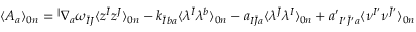
\langle { \cal A } _ { a } \rangle _ { 0 n } = { } ^ { \parallel } \nabla _ { a } \omega _ { \bar { I } J } \langle z ^ { \bar { I } } z ^ { J } \rangle _ { 0 n } - k _ { \bar { I } b a } \langle \lambda ^ { \bar { I } } \lambda ^ { b } \rangle _ { 0 n } - a _ { I \bar { J } a } \langle \lambda ^ { \bar { J } } \lambda ^ { I } \rangle _ { 0 n } + a ^ { \prime } { } _ { I ^ { \prime } \bar { J } ^ { \prime } a } \langle \nu ^ { I ^ { \prime } } \nu ^ { \bar { J } ^ { \prime } } \rangle _ { 0 n }